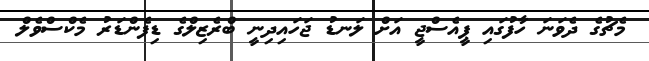
މެޗުގެ ދެވަނަ ހާފުގައި ޕީއެސްޖީ އަށް ލަނޑު ޖަހައިދިނީ ބްރެޒިލްގެ ޑިފެންޑަރު މެކްސްވެލް